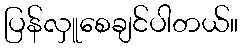
ပြန်လှူစေချင်ပါတယ်။